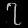
Digit: ၇